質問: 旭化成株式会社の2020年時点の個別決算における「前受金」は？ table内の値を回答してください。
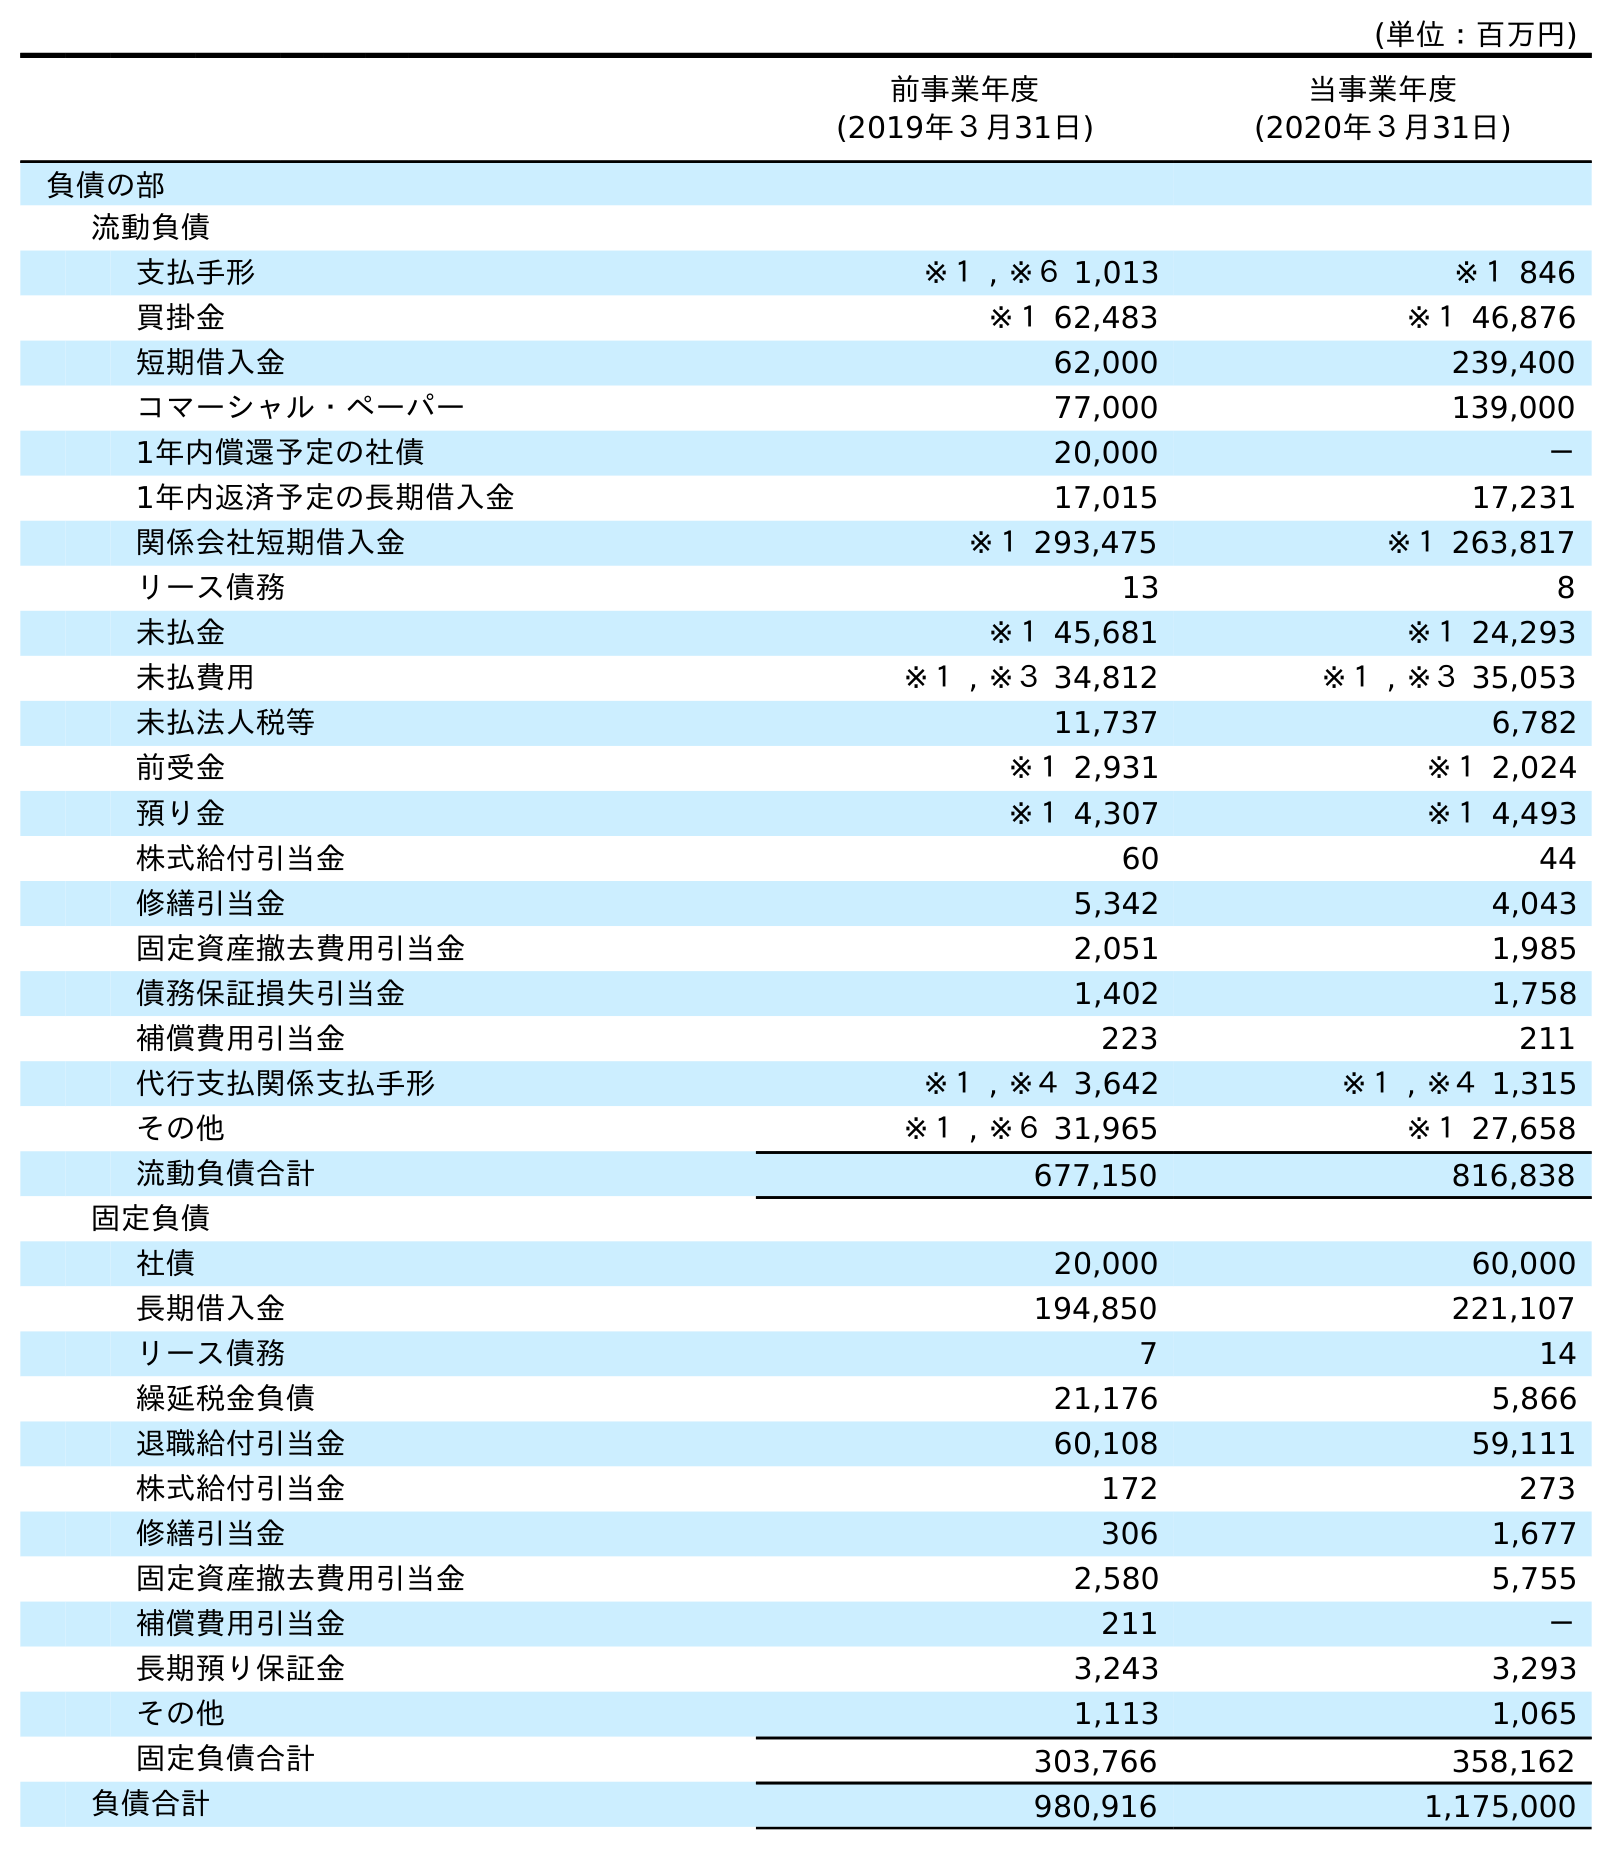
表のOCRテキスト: (単位：百万円) 前事業年度 (2019年３月31日) 当事業年度 (2020年３月31日) 負債の部 流動負債 支払手形 ※１ , ※６ 1,013 ※１ 846 買掛金 ※１ 62,483 ※１ 46,876 短期借入金 62,000 239,400 コマーシャル・ペーパー 77,000 139,000 1年内償還予定の社債 20,000 － 1年内返済予定の長期借入金 17,015 17,231 関係会社短期借入金 ※１ 293,475 ※１ 263,817 リース債務 13 8 未払金 ※１ 45,681 ※１ 24,293 未払費用 ※１ , ※３ 34,812 ※１ , ※３ 35,053 未払法人税等 11,737 6,782 前受金 ※１ 2,931 ※１ 2,024 預り金 ※１ 4,307 ※１ 4,493 株式給付引当金 60 44 修繕引当金 5,342 4,043 固定資産撤去費用引当金 2,051 1,985 債務保証損失引当金 1,402 1,758 補償費用引当金 223 211 代行支払関係支払手形 ※１ , ※４ 3,642 ※１ , ※４ 1,315 その他 ※１ , ※６ 31,965 ※１ 27,658 流動負債合計 677,150 816,838 固定負債 社債 20,000 60,000 長期借入金 194,850 221,107 リース債務 7 14 繰延税金負債 21,176 5,866 退職給付引当金 60,108 59,111 株式給付引当金 172 273 修繕引当金 306 1,677 固定資産撤去費用引当金 2,580 5,755 補償費用引当金 211 － 長期預り保証金 3,243 3,293 その他 1,113 1,065 固定負債合計 303,766 358,162 負債合計 980,916 1,175,000
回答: ※１2,024